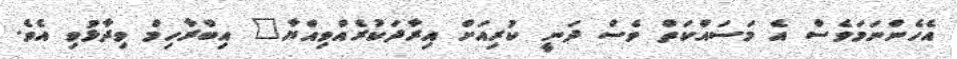
އެހެންނަމަވެސް އެ މަސައްކަތް ވެސް ދަނީ ކުރިއަށް އިރާދަކުރެއްވިއްޔާ" އިބްރާހިމް ވިދާޅުވި އެވެ.